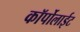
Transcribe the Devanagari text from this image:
कॉर्पोलाईट